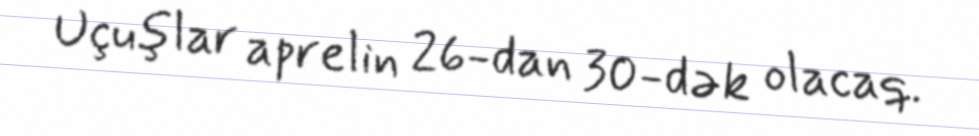
Uçuşlar aprelin 26-dan 30-dək olacaq.